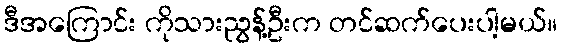
ဒီအကြောင်း ကိုသားညွန့်ဦးက တင်ဆက်ပေးပါ့မယ်။